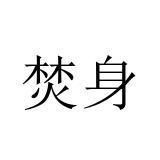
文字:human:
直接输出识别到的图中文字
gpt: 焚身